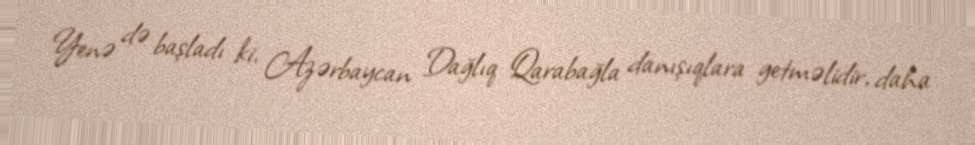
Yenə də başladı ki, Azərbaycan Dağlıq Qarabağla danışıqlara getməlidir, daha